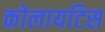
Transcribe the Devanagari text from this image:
कोलायटिस